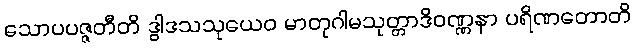
သောပပဇ္ဇတီတိ ဒွါဒသသုယေဝ မာတုဂါမသုတ္တာဒိဝဏ္ဏနာ ပရိဏတောတိ